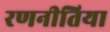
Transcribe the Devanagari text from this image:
रणनीतिया